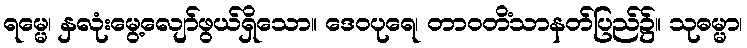
ရမ္မေ၊ နှလုံးမွေ့လျော်ဖွယ်ရှိသော။ ဒေဝပုရေ၊ တာဝတိံသာနတ်ပြည်၌။ သုဓမ္မာ၊